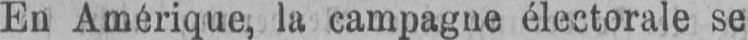
En Amérique, la campagne électorale se